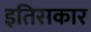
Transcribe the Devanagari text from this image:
इतिसकार